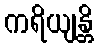
ကရိယျန္တိ